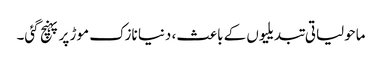
ماحولیاتی تبدیلیوں کے باعث، دنیا نازک موڑ پر پہنچ گئی۔